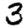
Digit: 3